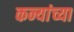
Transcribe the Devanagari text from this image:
कन्यांच्या